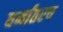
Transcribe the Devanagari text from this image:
धर्मांतरच